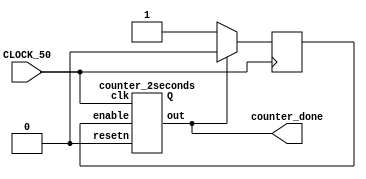
module test(
        input CLOCK_50,
        output counter_done
    );

    reg enable;
    wire [5:0]Q;

    counter_2seconds uu(
            .clk(CLOCK_50), 
            .resetn(1'b0), 
            .enable(enable),
            .out(counter_done),
            .Q(Q)
        );

    always @(posedge CLOCK_50) 
    begin
        if(counter_done == 0)
            enable <= 1;
        
        if(counter_done) begin
            enable <= 0;

        end
    end


endmodule



// Module to separate clock pulses to every 1/60th of a second
module counter_2seconds(clk, resetn, enable, out, Q);
	input clk;
	input resetn;
	input enable;
	output reg out;
	output reg [5:0] Q;

    initial
        out = 0;

	always @(posedge clk) begin
		if (!resetn) begin
			Q <= 0;
			out <= 0;
		end

        if(enable) begin
            if (Q == 6'b111111) begin //10 Million = 2 seconds
                out <= 1;
                Q <= 0;
            end
            else begin
                Q <= Q + 1;
                out <= 0;
            end
        end
        else begin
            Q <= 0;
            out <= 0;
        end

	end
endmodule